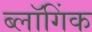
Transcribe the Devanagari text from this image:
ब्लॉगिंक